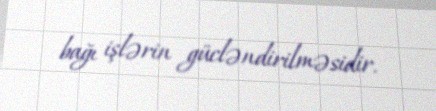
bağı işlərin gücləndirilməsidir.